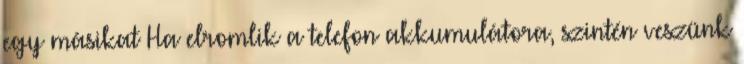
egy másikat Ha elromlik a telefon akkumulátora, szintén veszünk